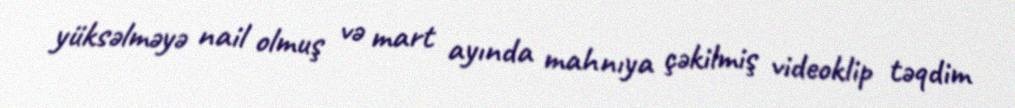
yüksəlməyə nail olmuş və mart ayında mahnıya çəkilmiş videoklip təqdim